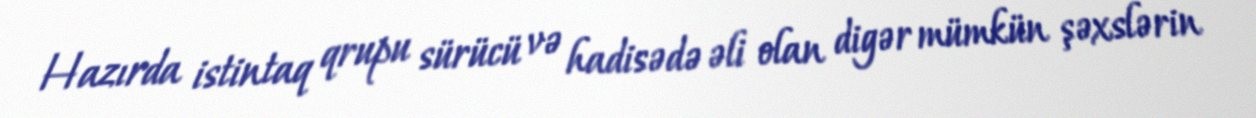
Hazırda istintaq qrupu sürücü və hadisədə əli olan digər mümkün şəxslərin